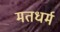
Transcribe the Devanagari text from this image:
मतधर्म